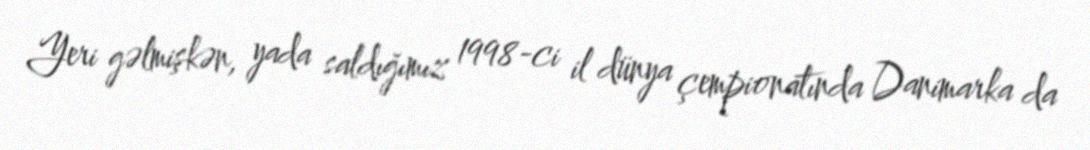
Yeri gəlmişkən, yada saldığımız 1998-ci il dünya çempionatında Danimarka da